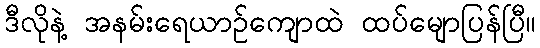
ဒီလိုနဲ့ အနမ်းရေယာဉ်ကျောထဲ ထပ်မျောပြန်ပြီ။